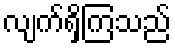
လျက်ရှိကြသည်